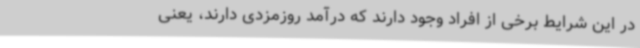
در این شرایط برخی از افراد وجود دارند که درآمد روزمزدی دارند، یعنی